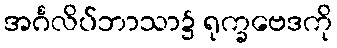
အင်္ဂလိပ်ဘာသာ၌ ရုက္ခဗေဒကို